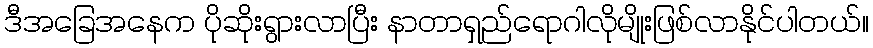
ဒီအခြေအနေက ပိုဆိုးရွားလာပြီး နာတာရှည်ရောဂါလိုမျိုးဖြစ်လာနိုင်ပါတယ်။